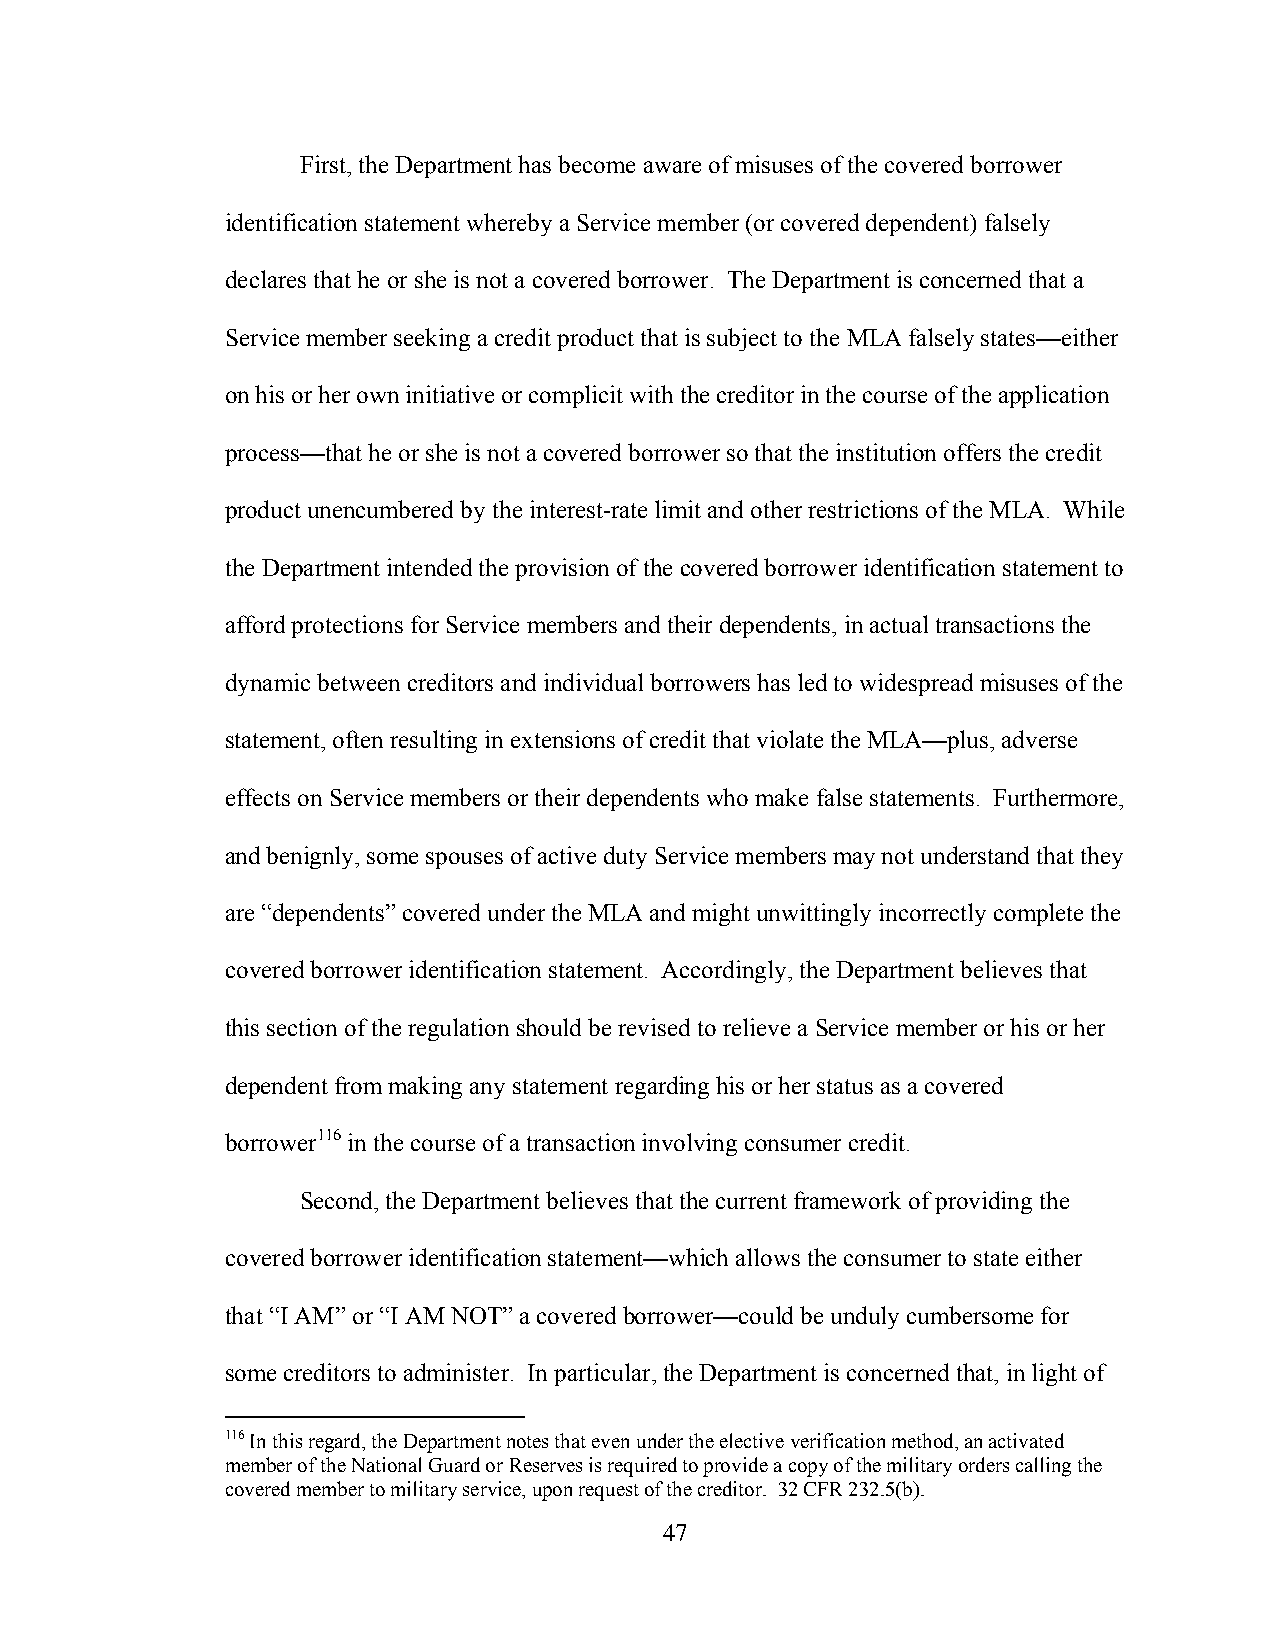
First, the Department has become aware of misuses of the covered borrower
 identification statement whereby a Service member (or covered dependent) falsely
 declares that he or she is not a covered borrower. The Department is concerned that a
 Service member seeking a credit product that is subject to the MLA falsely states—either
 on his or her own initiative or complicit with the creditor in the course of the application
 process—that he or she is not a covered borrower so that the institution offers the credit
 product unencumbered by the interest-rate limit and other restrictions of the MLA. While
 the Department intended the provision of the covered borrower identification statement to
 afford protections for Service members and their dependents, in actual transactions the
 dynamic between creditors and individual borrowers has led to widespread misuses of the
 statement, often resulting in extensions of credit that violate the MLA—plus, adverse
 effects on Service members or their dependents who make false statements. Furthermore,
 and benignly, some spouses of active duty Service members may not understand that they
 are “dependents” covered under the MLA and might unwittingly incorrectly complete the
 covered borrower identification statement. Accordingly, the Department believes that
 this section of the regulation should be revised to relieve a Service member or his or her
 dependent from making any statement regarding his or her status as a covered
 borrower116 in the course of a transaction involving consumer credit.
 Second, the Department believes that the current framework of providing the
 covered borrower identification statement—which allows the consumer to state either
 that “I AM” or “I AM NOT” a covered borrower—could be unduly cumbersome for
 some creditors to administer. In particular, the Department is concerned that, in light of
 116 In this regard, the Department notes that even under the elective verification method, an activated
 member of the National Guard or Reserves is required to provide a copy of the military orders calling the
 covered member to military service, upon request of the creditor. 32 CFR 232.5(b).
 47